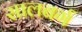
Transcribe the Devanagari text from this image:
सालबर्ग